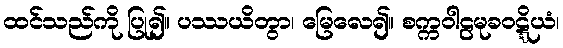
ထင်သည်ကို ပြု၍။ ပဿယိတွာ၊ မြေလေ၍။ စက္ကဝါဠမုခဝဋ္ဋိယံ၊